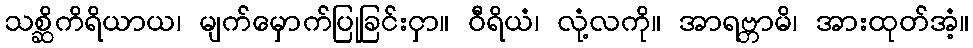
သစ္ဆိကိရိယာယ၊ မျက်မှောက်ပြုခြင်းငှာ။ ဝီရိယံ၊ လုံ့လကို။ အာရဗ္ဘာမိ၊ အားထုတ်အံ့။